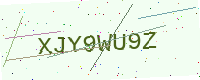
Text: XJY9WU9Z